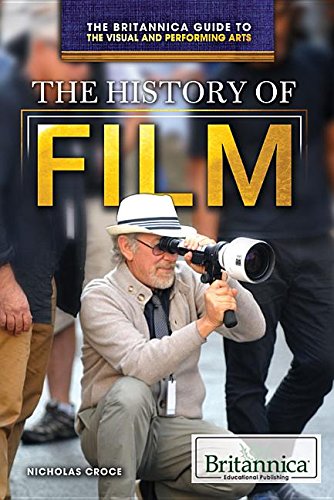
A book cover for The History of Film (Britannica Guide to the Visual and Performing Arts); Nicholas Croce; Teen & Young Adult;